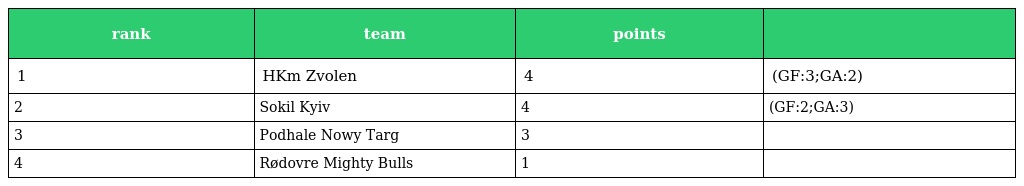
| rank | team | points |  |
 | --- | --- | --- | --- |
 | 1 | HKm Zvolen | 4 | (GF:3;GA:2) |
 | 2 | Sokil Kyiv | 4 | (GF:2;GA:3) |
 | 3 | Podhale Nowy Targ | 3 |  |
 | 4 | Rødovre Mighty Bulls | 1 |  |